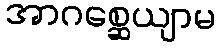
အာဂစ္ဆေယျာမ